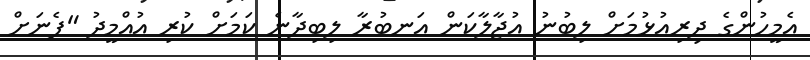
އެމީހުންގެ ދިރިއުޅުމަށް ލިބުނު އުޖާލާކަން އަނބުރާ ލިބިދާނެ ކަމަށް ކުރި އުއްމީދު "ފެނަށް